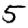
Digit: 5